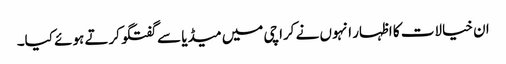
ان خیالات کا اظہار انہوں نے کراچی میں میڈیا سے گفتگو کرتے ہوئے کیا۔